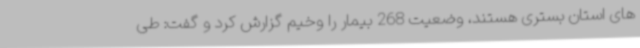
های استان بستری هستند، وضعیت 268 بیمار را وخیم گزارش کرد و گفت: طی